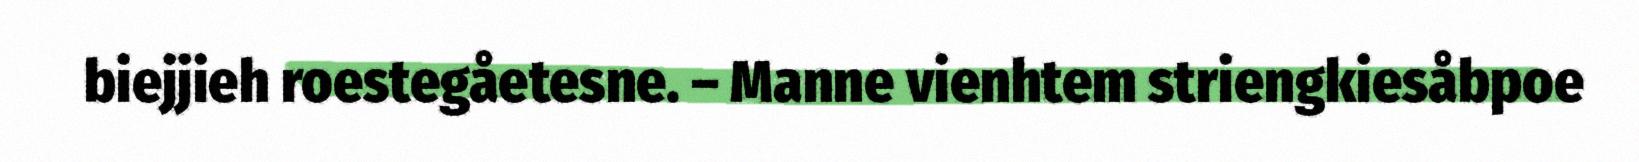
biejjieh roestegåetesne. – Manne vienhtem striengkiesåbpoe